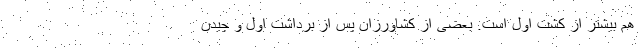
هم بیشتر از کشت اول است. بعضی از کشاورزان پس از برداشت اول و چیدن